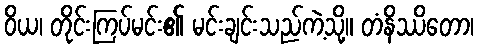
ဝိယ၊ တိုင်းကြပ်မင်း၏ မင်းချင်းသည်ကဲ့သို့။ တံနိဿိတော၊